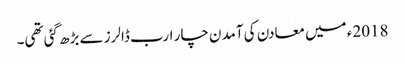
2018ء میں معادن کی آمدن چار ارب ڈالرز سے بڑھ گئی تھی۔